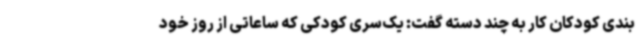
بندی کودکان کار به چند دسته گفت: یک‌سری کودکی که ساعاتی از روز خود